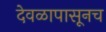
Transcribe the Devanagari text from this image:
देवळापासूनच